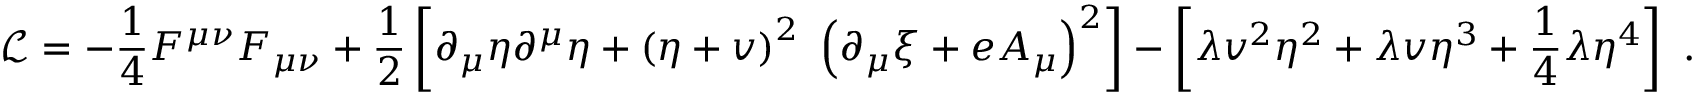
\ { \mathcal { L } } = - { \frac { 1 } { 4 } } F ^ { \mu \nu } F _ { \mu \nu } + { \frac { 1 } { 2 } } \left[ \partial _ { \mu } \eta \partial ^ { \mu } \eta + \left( \eta + v \right) ^ { 2 } \ \left( \partial _ { \mu } \xi + e A _ { \mu } \right) ^ { 2 } \right] - \left[ \lambda v ^ { 2 } \eta ^ { 2 } + \lambda v \eta ^ { 3 } + { \frac { 1 } { 4 } } \lambda \eta ^ { 4 } \right] ~ .